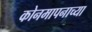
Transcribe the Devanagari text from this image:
कोनमापनाच्या